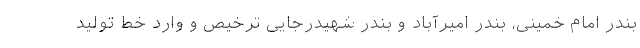
بندر امام خمینی، بندر امیرآباد و بندر شهیدرجایی ترخیص و وارد خط تولید